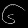
Digit: ၆